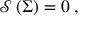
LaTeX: \mathcal { S } \left( \Sigma \right) = 0 \; ,